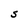
Character: S